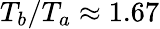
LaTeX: T_{b}/T_{a}\approx 1.67